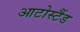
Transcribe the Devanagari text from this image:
आटोस्टैंड